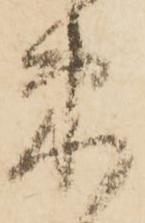
束